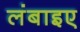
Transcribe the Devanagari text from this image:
लंबाइए